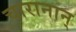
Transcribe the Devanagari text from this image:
चारानान्